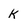
Character: k